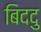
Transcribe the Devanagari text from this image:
बिददु